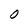
Character: 0